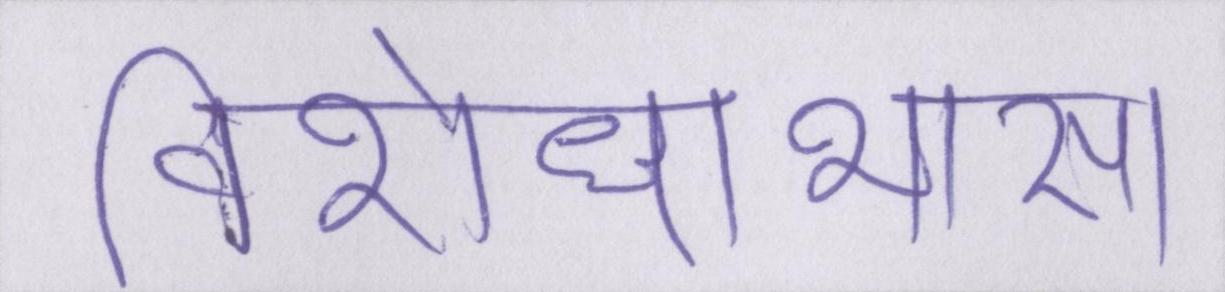
विरोधाभास।